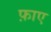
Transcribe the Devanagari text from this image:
फ़ाए